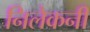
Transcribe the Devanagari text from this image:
निलेकनी